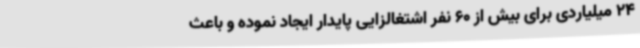
24 میلیاردی برای بیش از 60 نفر اشتغالزایی پایدار ایجاد نموده و باعث